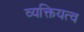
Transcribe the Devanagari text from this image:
व्यक्तियत्व